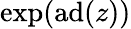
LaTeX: \exp(\mathrm{ad}(z))